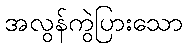
အလွန်ကွဲပြားသော